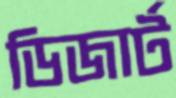
ডিজার্ট